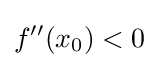
f''(x_{0})<0